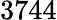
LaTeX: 3744